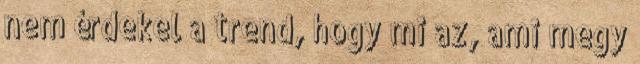
nem érdekel a trend, hogy mi az, ami megy